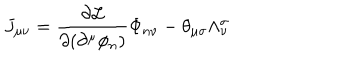
J _ { \mu \nu } = \frac { \partial { \cal L } } { \partial ( \partial ^ { \mu } \phi _ { n } ) } \Phi _ { n \nu } - \theta _ { \mu \sigma } \wedge _ { \nu } ^ { \sigma }